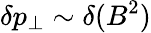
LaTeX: \delta p_{\perp}\sim\delta(B^{2})